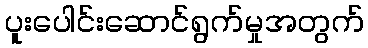
ပူးပေါင်းဆောင်ရွက်မှုအတွက်